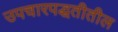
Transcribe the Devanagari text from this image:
उपचारपद्धतीतील